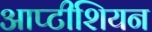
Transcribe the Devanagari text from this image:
आप्टीशियन